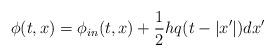
LaTeX: \begin{align*}\phi(t,x)= \phi_{in}(t,x) +{1\over 2} h q(t-|x'|) dx'\end{align*}